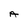
Character: A